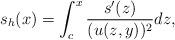
LaTeX: \begin{align*}s_h(x)=\int_c^x \frac{s'(z)}{(u(z,y))^2}dz,\end{align*}